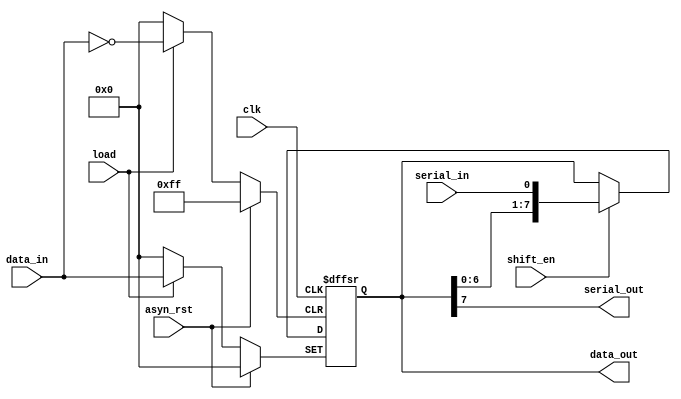
////////////////////////////Shift.v/////////////////////////////////////////////////////////////////////
//												      //	
//Design Engineer:	Ravi Gupta								      //
//Company Name	 :	Toomuch Semiconductor
//												      //
//Purpose	 :	Used for shifting address and data in both transmit and recieve mode	      //	
//												      //				
////////////////////////////////////////////////////////////////////////////////////////////////////////
 
/*// synopsys translate_off
`include "oc8051_timescale.v"
// synopsys translate_on
 
`include "oc8051_defines.v"*/
 
 
module shift(clk,asyn_rst,load,shift_en,serial_in,data_in,serial_out,data_out);
 
input	clk,asyn_rst,load,shift_en,serial_in;
input	[7:0]data_in;
 
output	serial_out;
output	[7:0]data_out;
 
reg	[7:0]data;
 
always@(posedge clk or posedge asyn_rst or posedge load)
begin
	if(asyn_rst)
		data<=8'h0;				//clear the data register upon asynchronous reset.
 
	else if(load)
		data<=data_in;				//Load the internal register upon insertion of load bit.
 
	else if(shift_en)
		data<={data[6:0],serial_in};		//Upon shift_en high every time a new serial data is coming to LSB bit and data will be shifted
							//to one bit.
	else
		data<=data;				//Prevent formation of latches
end
 
 
assign data_out = data;					//Output the data in a data_register
assign serial_out = data[7];				//MSB is transmitted first in I2C protocol.
 
 
endmodule
 
//change loading into asynchronous mode